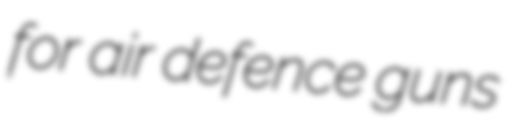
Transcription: for air defence guns